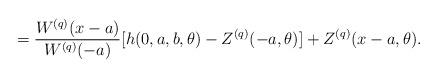
LaTeX: \begin{align*}&= \frac {W^{(q)}(x-a)} {W^{(q)}(-a)}[ h(0,a,b, \theta ) -Z^{(q)} (-a,\theta )] + Z^{(q)} (x-a,\theta ) .\end{align*}